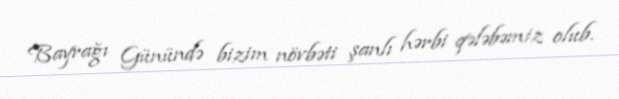
Bayrağı Günündə bizim növbəti şanlı hərbi qələbəmiz olub.